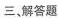
三，解答题